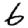
Digit: 6